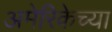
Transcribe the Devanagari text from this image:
अमेरिकेच्या